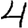
Digit: 4